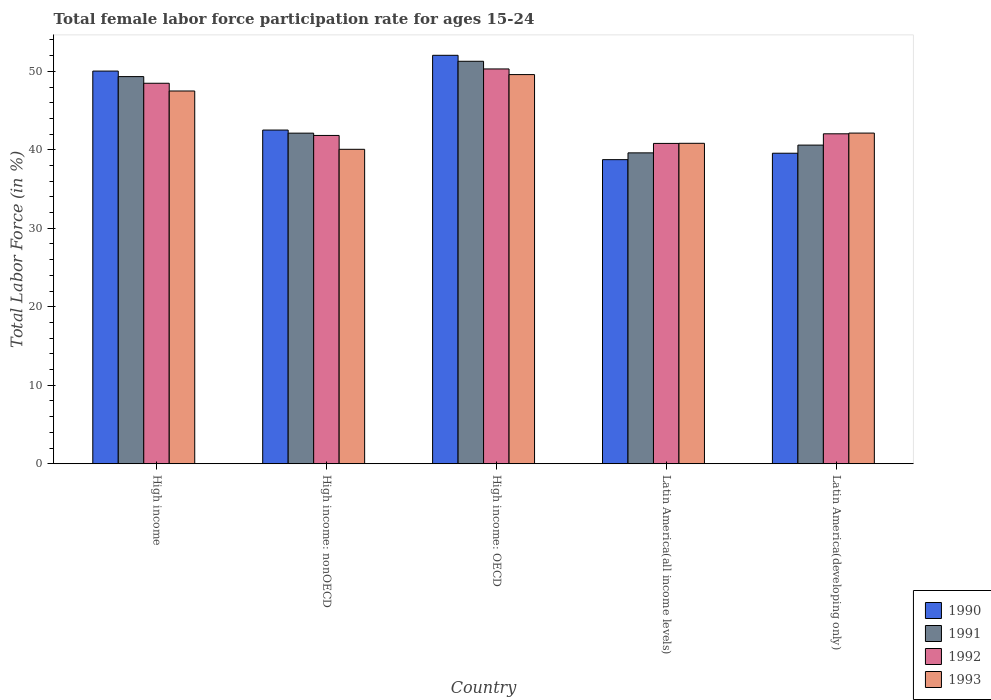
| Country | 1990 | 1991 | 1992 | 1993 |
 | --- | --- | --- | --- | --- |
 | High income | 50 | 49.3 | 48.5 | 47.5 |
 | High income: nonOECD | 42.5 | 42.1 | 41.8 | 40.1 |
 | High income: OECD | 52 | 51.3 | 50.3 | 49.6 |
 | Latin America(all income levels) | 38.7 | 39.6 | 40.8 | 40.8 |
 | Latin America(developing only) | 39.6 | 40.6 | 42 | 42.1 |